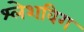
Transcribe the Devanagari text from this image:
श्लेशविग